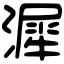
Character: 漽